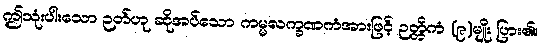
ဤသုံးပါးသော ဉတ်ဟု ဆိုအပ်သော ကမ္မလက္ခဏကံအားဖြင့် ဉတ္တိကံ (၉)မျိုး ပြား၏။